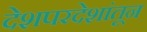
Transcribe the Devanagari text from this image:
देशपरदेशांतून